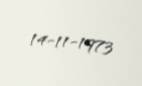
14-11-1973